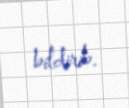
bildirib.